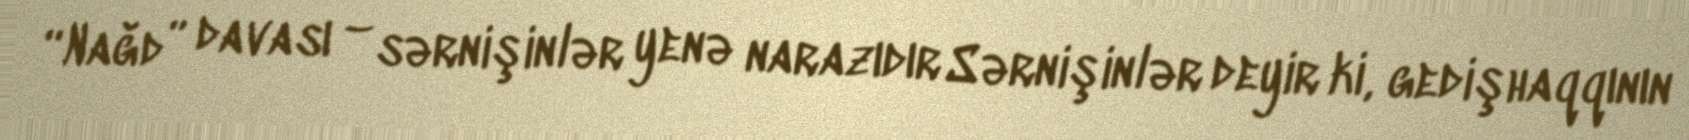
“Nağd” davası – sərnişinlər yenə narazıdır Sərnişinlər deyir ki, gedişhaqqının